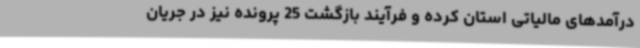
درآمدهای مالیاتی استان کرده و فرآیند بازگشت 25 پرونده نیز در جریان